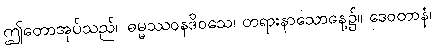
ဤတောအုပ်သည်။ ဓမ္မဿဝနဒိဝသေ၊ တရားနာသောနေ့၌။ ဒေဝတာနံ၊